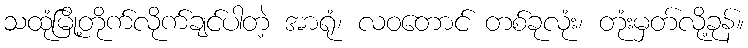
သထုံမြို့တိုက်လိုက်ချင်ပါတဲ့ အာရုံ၊ လဝတောင် တစ်ခုလုံး၊ တုံးမှတ်လို့ခုန်။